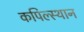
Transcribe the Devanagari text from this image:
कपिल्स्थान